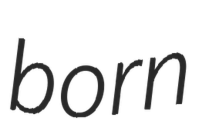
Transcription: born